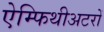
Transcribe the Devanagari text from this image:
ऐम्फिथीअटरों